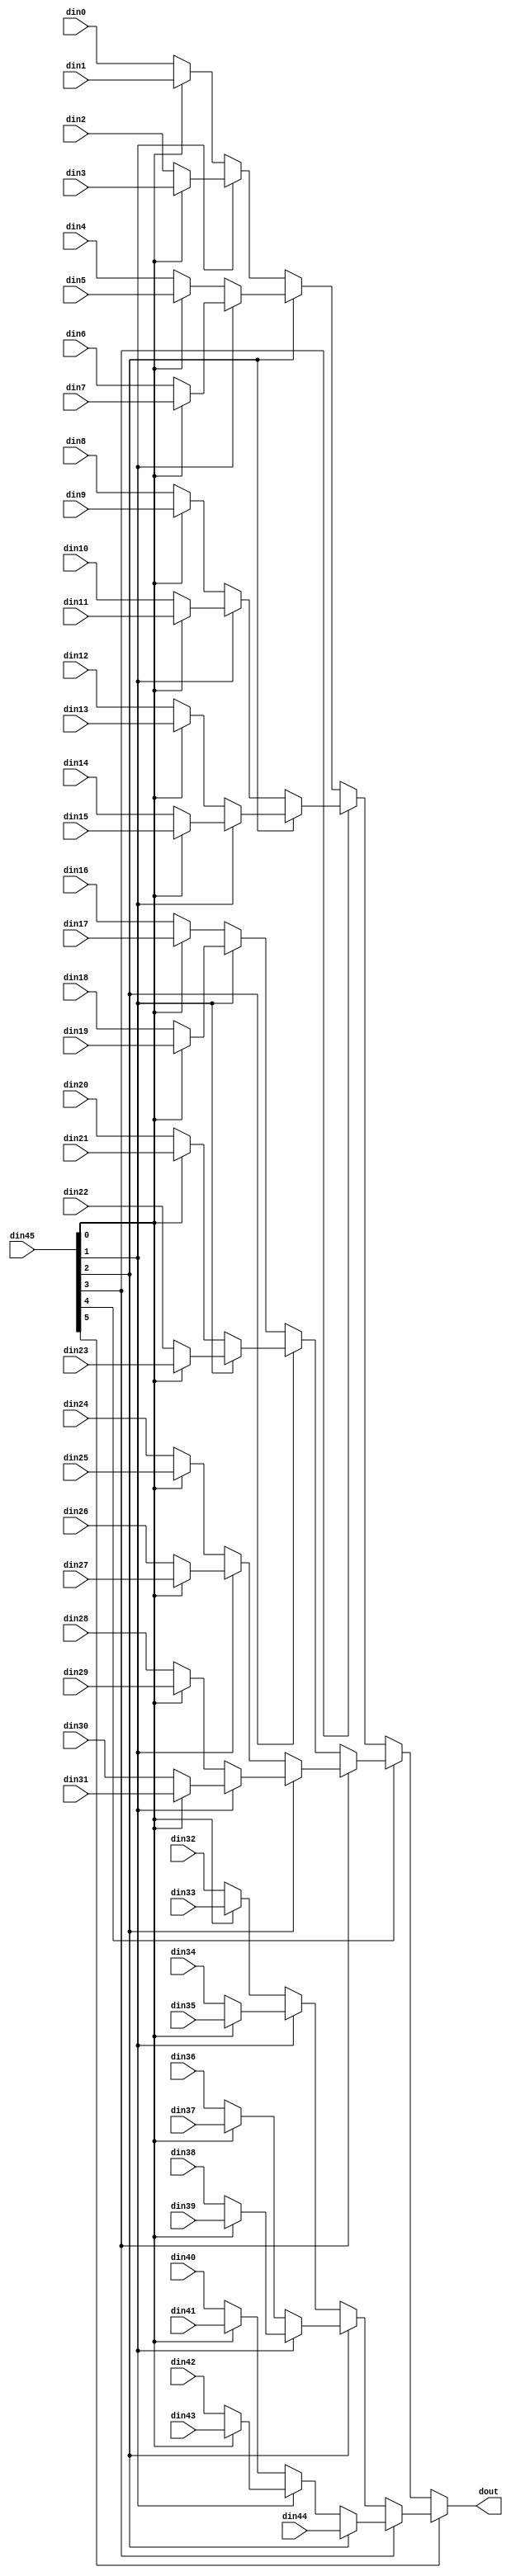
// ==============================================================
// File generated on Fri May 29 13:27:50 +0800 2020
// Vivado(TM) HLS - High-Level Synthesis from C, C++ and SystemC v2018.3 (64-bit)
// SW Build 2405991 on Thu Dec  6 23:38:27 MST 2018
// IP Build 2404404 on Fri Dec  7 01:43:56 MST 2018
// Copyright 1986-2018 Xilinx, Inc. All Rights Reserved.
// ==============================================================

`timescale 1ns/1ps

module Layer4_SVM_mux_45dEe #(
parameter
    ID                = 0,
    NUM_STAGE         = 1,
    din0_WIDTH       = 32,
    din1_WIDTH       = 32,
    din2_WIDTH       = 32,
    din3_WIDTH       = 32,
    din4_WIDTH       = 32,
    din5_WIDTH       = 32,
    din6_WIDTH       = 32,
    din7_WIDTH       = 32,
    din8_WIDTH       = 32,
    din9_WIDTH       = 32,
    din10_WIDTH       = 32,
    din11_WIDTH       = 32,
    din12_WIDTH       = 32,
    din13_WIDTH       = 32,
    din14_WIDTH       = 32,
    din15_WIDTH       = 32,
    din16_WIDTH       = 32,
    din17_WIDTH       = 32,
    din18_WIDTH       = 32,
    din19_WIDTH       = 32,
    din20_WIDTH       = 32,
    din21_WIDTH       = 32,
    din22_WIDTH       = 32,
    din23_WIDTH       = 32,
    din24_WIDTH       = 32,
    din25_WIDTH       = 32,
    din26_WIDTH       = 32,
    din27_WIDTH       = 32,
    din28_WIDTH       = 32,
    din29_WIDTH       = 32,
    din30_WIDTH       = 32,
    din31_WIDTH       = 32,
    din32_WIDTH       = 32,
    din33_WIDTH       = 32,
    din34_WIDTH       = 32,
    din35_WIDTH       = 32,
    din36_WIDTH       = 32,
    din37_WIDTH       = 32,
    din38_WIDTH       = 32,
    din39_WIDTH       = 32,
    din40_WIDTH       = 32,
    din41_WIDTH       = 32,
    din42_WIDTH       = 32,
    din43_WIDTH       = 32,
    din44_WIDTH       = 32,
    din45_WIDTH         = 32,
    dout_WIDTH            = 32
)(
    input  [31 : 0]     din0,
    input  [31 : 0]     din1,
    input  [31 : 0]     din2,
    input  [31 : 0]     din3,
    input  [31 : 0]     din4,
    input  [31 : 0]     din5,
    input  [31 : 0]     din6,
    input  [31 : 0]     din7,
    input  [31 : 0]     din8,
    input  [31 : 0]     din9,
    input  [31 : 0]     din10,
    input  [31 : 0]     din11,
    input  [31 : 0]     din12,
    input  [31 : 0]     din13,
    input  [31 : 0]     din14,
    input  [31 : 0]     din15,
    input  [31 : 0]     din16,
    input  [31 : 0]     din17,
    input  [31 : 0]     din18,
    input  [31 : 0]     din19,
    input  [31 : 0]     din20,
    input  [31 : 0]     din21,
    input  [31 : 0]     din22,
    input  [31 : 0]     din23,
    input  [31 : 0]     din24,
    input  [31 : 0]     din25,
    input  [31 : 0]     din26,
    input  [31 : 0]     din27,
    input  [31 : 0]     din28,
    input  [31 : 0]     din29,
    input  [31 : 0]     din30,
    input  [31 : 0]     din31,
    input  [31 : 0]     din32,
    input  [31 : 0]     din33,
    input  [31 : 0]     din34,
    input  [31 : 0]     din35,
    input  [31 : 0]     din36,
    input  [31 : 0]     din37,
    input  [31 : 0]     din38,
    input  [31 : 0]     din39,
    input  [31 : 0]     din40,
    input  [31 : 0]     din41,
    input  [31 : 0]     din42,
    input  [31 : 0]     din43,
    input  [31 : 0]     din44,
    input  [5 : 0]    din45,
    output [31 : 0]   dout);

// puts internal signals
wire [5 : 0]     sel;
// level 1 signals
wire [31 : 0]         mux_1_0;
wire [31 : 0]         mux_1_1;
wire [31 : 0]         mux_1_2;
wire [31 : 0]         mux_1_3;
wire [31 : 0]         mux_1_4;
wire [31 : 0]         mux_1_5;
wire [31 : 0]         mux_1_6;
wire [31 : 0]         mux_1_7;
wire [31 : 0]         mux_1_8;
wire [31 : 0]         mux_1_9;
wire [31 : 0]         mux_1_10;
wire [31 : 0]         mux_1_11;
wire [31 : 0]         mux_1_12;
wire [31 : 0]         mux_1_13;
wire [31 : 0]         mux_1_14;
wire [31 : 0]         mux_1_15;
wire [31 : 0]         mux_1_16;
wire [31 : 0]         mux_1_17;
wire [31 : 0]         mux_1_18;
wire [31 : 0]         mux_1_19;
wire [31 : 0]         mux_1_20;
wire [31 : 0]         mux_1_21;
wire [31 : 0]         mux_1_22;
// level 2 signals
wire [31 : 0]         mux_2_0;
wire [31 : 0]         mux_2_1;
wire [31 : 0]         mux_2_2;
wire [31 : 0]         mux_2_3;
wire [31 : 0]         mux_2_4;
wire [31 : 0]         mux_2_5;
wire [31 : 0]         mux_2_6;
wire [31 : 0]         mux_2_7;
wire [31 : 0]         mux_2_8;
wire [31 : 0]         mux_2_9;
wire [31 : 0]         mux_2_10;
wire [31 : 0]         mux_2_11;
// level 3 signals
wire [31 : 0]         mux_3_0;
wire [31 : 0]         mux_3_1;
wire [31 : 0]         mux_3_2;
wire [31 : 0]         mux_3_3;
wire [31 : 0]         mux_3_4;
wire [31 : 0]         mux_3_5;
// level 4 signals
wire [31 : 0]         mux_4_0;
wire [31 : 0]         mux_4_1;
wire [31 : 0]         mux_4_2;
// level 5 signals
wire [31 : 0]         mux_5_0;
wire [31 : 0]         mux_5_1;
// level 6 signals
wire [31 : 0]         mux_6_0;

assign sel = din45;

// Generate level 1 logic
assign mux_1_0 = (sel[0] == 0)? din0 : din1;
assign mux_1_1 = (sel[0] == 0)? din2 : din3;
assign mux_1_2 = (sel[0] == 0)? din4 : din5;
assign mux_1_3 = (sel[0] == 0)? din6 : din7;
assign mux_1_4 = (sel[0] == 0)? din8 : din9;
assign mux_1_5 = (sel[0] == 0)? din10 : din11;
assign mux_1_6 = (sel[0] == 0)? din12 : din13;
assign mux_1_7 = (sel[0] == 0)? din14 : din15;
assign mux_1_8 = (sel[0] == 0)? din16 : din17;
assign mux_1_9 = (sel[0] == 0)? din18 : din19;
assign mux_1_10 = (sel[0] == 0)? din20 : din21;
assign mux_1_11 = (sel[0] == 0)? din22 : din23;
assign mux_1_12 = (sel[0] == 0)? din24 : din25;
assign mux_1_13 = (sel[0] == 0)? din26 : din27;
assign mux_1_14 = (sel[0] == 0)? din28 : din29;
assign mux_1_15 = (sel[0] == 0)? din30 : din31;
assign mux_1_16 = (sel[0] == 0)? din32 : din33;
assign mux_1_17 = (sel[0] == 0)? din34 : din35;
assign mux_1_18 = (sel[0] == 0)? din36 : din37;
assign mux_1_19 = (sel[0] == 0)? din38 : din39;
assign mux_1_20 = (sel[0] == 0)? din40 : din41;
assign mux_1_21 = (sel[0] == 0)? din42 : din43;
assign mux_1_22 = din44;

// Generate level 2 logic
assign mux_2_0 = (sel[1] == 0)? mux_1_0 : mux_1_1;
assign mux_2_1 = (sel[1] == 0)? mux_1_2 : mux_1_3;
assign mux_2_2 = (sel[1] == 0)? mux_1_4 : mux_1_5;
assign mux_2_3 = (sel[1] == 0)? mux_1_6 : mux_1_7;
assign mux_2_4 = (sel[1] == 0)? mux_1_8 : mux_1_9;
assign mux_2_5 = (sel[1] == 0)? mux_1_10 : mux_1_11;
assign mux_2_6 = (sel[1] == 0)? mux_1_12 : mux_1_13;
assign mux_2_7 = (sel[1] == 0)? mux_1_14 : mux_1_15;
assign mux_2_8 = (sel[1] == 0)? mux_1_16 : mux_1_17;
assign mux_2_9 = (sel[1] == 0)? mux_1_18 : mux_1_19;
assign mux_2_10 = (sel[1] == 0)? mux_1_20 : mux_1_21;
assign mux_2_11 = mux_1_22;

// Generate level 3 logic
assign mux_3_0 = (sel[2] == 0)? mux_2_0 : mux_2_1;
assign mux_3_1 = (sel[2] == 0)? mux_2_2 : mux_2_3;
assign mux_3_2 = (sel[2] == 0)? mux_2_4 : mux_2_5;
assign mux_3_3 = (sel[2] == 0)? mux_2_6 : mux_2_7;
assign mux_3_4 = (sel[2] == 0)? mux_2_8 : mux_2_9;
assign mux_3_5 = (sel[2] == 0)? mux_2_10 : mux_2_11;

// Generate level 4 logic
assign mux_4_0 = (sel[3] == 0)? mux_3_0 : mux_3_1;
assign mux_4_1 = (sel[3] == 0)? mux_3_2 : mux_3_3;
assign mux_4_2 = (sel[3] == 0)? mux_3_4 : mux_3_5;

// Generate level 5 logic
assign mux_5_0 = (sel[4] == 0)? mux_4_0 : mux_4_1;
assign mux_5_1 = mux_4_2;

// Generate level 6 logic
assign mux_6_0 = (sel[5] == 0)? mux_5_0 : mux_5_1;

// output logic
assign dout = mux_6_0;

endmodule